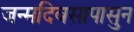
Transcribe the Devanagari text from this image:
जन्मदिवसापासुन